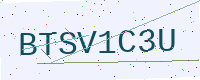
Text: BTSV1C3U